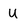
Character: U